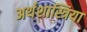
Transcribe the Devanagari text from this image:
अर्थशास्त्रिया